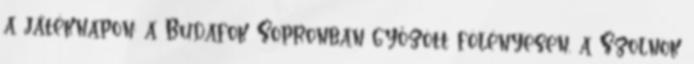
a játéknapon: a Budafok Sopronban győzött fölényesen, a Szolnok